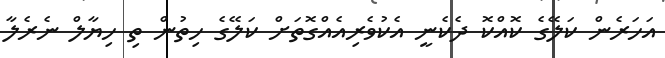
އަހަރެން ކަލޭގެ ކޮއްކޮ ދެކެނީ އެކުވެރިއެއްގޮތަށް ކަލޭގެ ހިތުން ތި ހިޔާލް ނެރެލާ